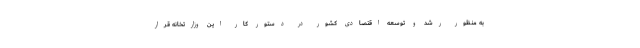
به منظور رشد و توسعه اقتصادی کشور در دستور کار این وزارتخانه قرار